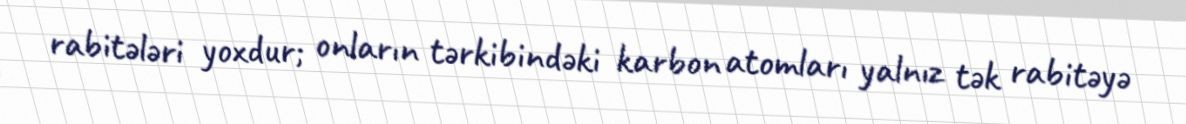
rabitələri yoxdur; onların tərkibindəki karbon atomları yalnız tək rabitəyə